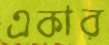
একার